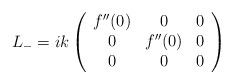
\begin{align*}L_{-}=ik\left(\begin{array}{ccc}f^{\prime\prime}(0)&0&0\\0&f^{\prime\prime}(0)&0\\0&0&0\end{array}\right)\end{align*}